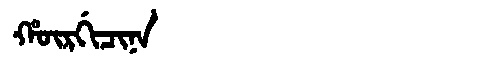
Manchu: ᡥᡡᡵᡤᡳᠴᡳᠨᠠ
Romanization: HŪRGICINA